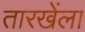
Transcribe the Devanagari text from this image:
तारखेंला